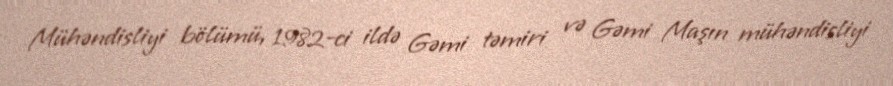
Mühəndisliyi bölümü, 1982-ci ildə Gəmi təmiri və Gəmi Maşın mühəndisliyi